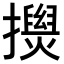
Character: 𢸂